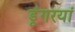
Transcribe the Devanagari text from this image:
डूंगरयां